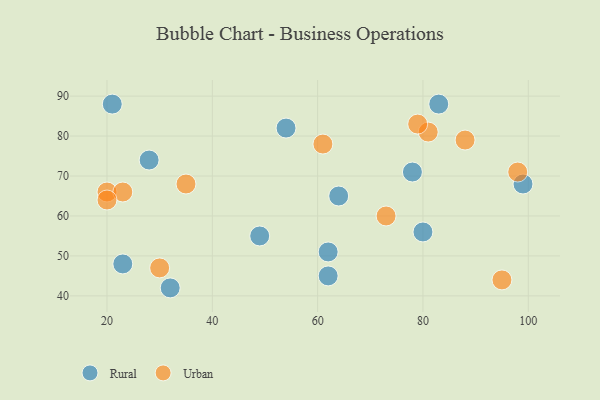
{"axis": {"x": "GDP", "y": "Life Expectancy"}, "legend": ["Rural", "Urban"], "data": [{"x": "54", "y": 82, "type": "Rural"}, {"x": "62", "y": 45, "type": "Rural"}, {"x": "49", "y": 55, "type": "Rural"}, {"x": "99", "y": 68, "type": "Rural"}, {"x": "83", "y": 88, "type": "Rural"}, {"x": "64", "y": 65, "type": "Rural"}, {"x": "21", "y": 88, "type": "Rural"}, {"x": "62", "y": 51, "type": "Rural"}, {"x": "32", "y": 42, "type": "Rural"}, {"x": "80", "y": 56, "type": "Rural"}, {"x": "23", "y": 48, "type": "Rural"}, {"x": "28", "y": 74, "type": "Rural"}, {"x": "78", "y": 71, "type": "Rural"}, {"x": "88", "y": 79, "type": "Urban"}, {"x": "81", "y": 81, "type": "Urban"}, {"x": "20", "y": 66, "type": "Urban"}, {"x": "98", "y": 71, "type": "Urban"}, {"x": "23", "y": 66, "type": "Urban"}, {"x": "20", "y": 64, "type": "Urban"}, {"x": "30", "y": 47, "type": "Urban"}, {"x": "35", "y": 68, "type": "Urban"}, {"x": "73", "y": 60, "type": "Urban"}, {"x": "79", "y": 83, "type": "Urban"}, {"x": "95", "y": 44, "type": "Urban"}, {"x": "61", "y": 78, "type": "Urban"}]}